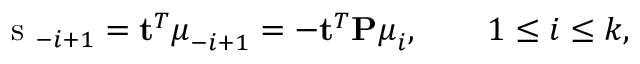
\mathrm { ~ s ~ } _ { - i + 1 } = \mathbf { t } ^ { T } \boldsymbol { \mu } _ { - i + 1 } = - \mathbf { t } ^ { T } \mathbf { P } \boldsymbol { \mu } _ { i } , \qquad 1 \leq i \leq k ,